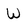
Character: W